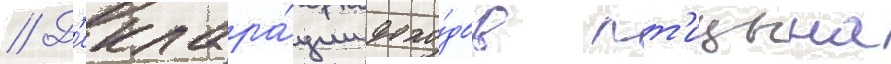
// Д'еклара́ции дохо́дов пт'ицына